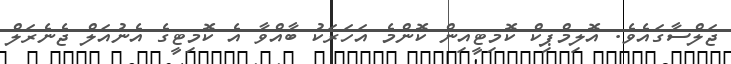
ޖަލްސާގައެވެ. އޮލިމްޕިކް ކޮމިޓީއިން ކޮންމެ އަަހަރަކު ބާއްވާ އެ ކޮމިޓީގެ އެނުއަލް ޖެނެރަލް